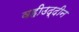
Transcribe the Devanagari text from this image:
वहीउद्दीन